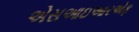
એસઆઇઆરએફ